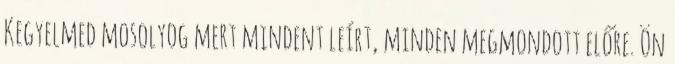
Kegyelmed mosolyog mert mindent leírt, minden megmondott előre. Ön